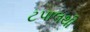
ટપાલથી